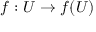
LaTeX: f : U \to f ( U )